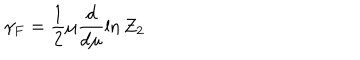
LaTeX: \gamma _ { F } = \frac 1 2 \mu \frac d { d \mu } \ln Z _ { 2 }